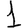
Digit: 1